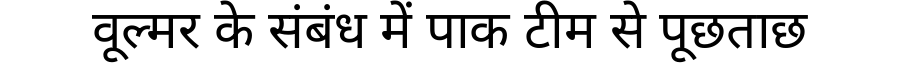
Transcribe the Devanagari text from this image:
वूल्मर के संबंध में पाक टीम से पूछताछ